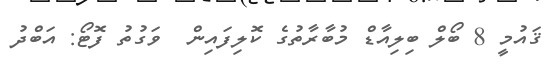
ޤައުމީ 8 ބޯލް ބިލިއާޑް މުބާރާތުގެ ކޮލިފައިން  ވަގުތު ފޮޓޯ: އަބްދު